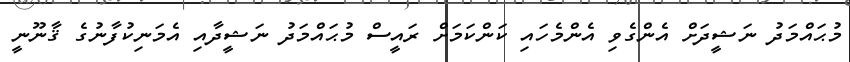
މުޙައްމަދު ނަޝީދަށް އެންގެވި އެންމެހައި ކަންކަމަށް ރައީސް މުޙައްމަދު ނަޝީދާއި އެމަނިކުފާނުގެ ޤާނޫނީ